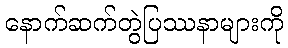
နောက်ဆက်တွဲပြဿနာများကို